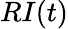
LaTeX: RI(t)